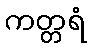
ကတ္တရံ